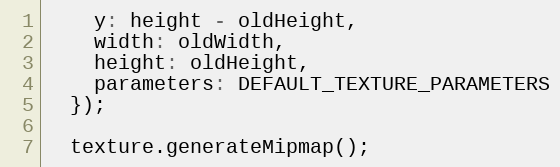
Language: JavaScript
    y: height - oldHeight,
    width: oldWidth,
    height: oldHeight,
    parameters: DEFAULT_TEXTURE_PARAMETERS
  });

  texture.generateMipmap();